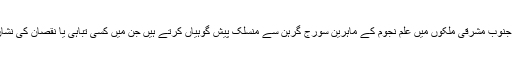
بھارت چین اورکئی جنوب مشرقی ملکوں میں علم نجوم کے ماہرین سورج گرہن سے منسلک پیش گوہیاں کرتے ہیں جن میں کسی تباہی یا نقصان کی نشان دہی کی جاتی ہے۔